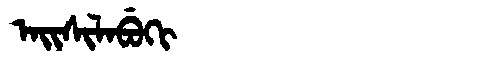
Manchu: ᠠᡳᠰᡳᠯᠠᠪᡠᡴᡳ
Romanization: AISILABUKI